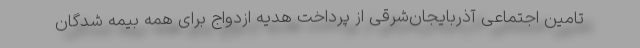
تامین اجتماعی آذربایجان‌شرقی از پرداخت هدیه ازدواج برای همه بیمه شدگان